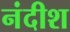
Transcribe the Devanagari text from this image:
नंदीश